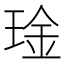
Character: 琻